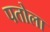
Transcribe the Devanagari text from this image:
पतोला